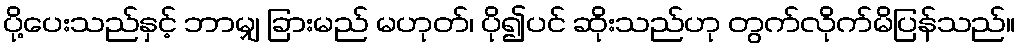
ပို့ပေးသည်နှင့် ဘာမျှ ခြားမည် မဟုတ်၊ ပို၍ပင် ဆိုးသည်ဟု တွက်လိုက်မိပြန်သည်။